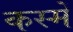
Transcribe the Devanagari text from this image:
कस्में